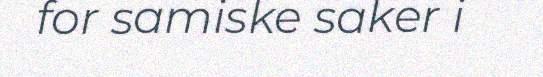
for samiske saker i